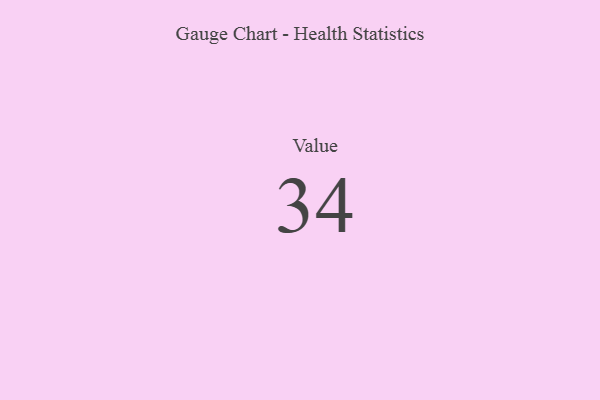
{"axis": {"x": "Metric", "y": "Value"}, "legend": [""], "data": [{"x": "Value", "y": 34, "type": ""}]}